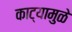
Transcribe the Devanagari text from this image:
काट्यामुळे